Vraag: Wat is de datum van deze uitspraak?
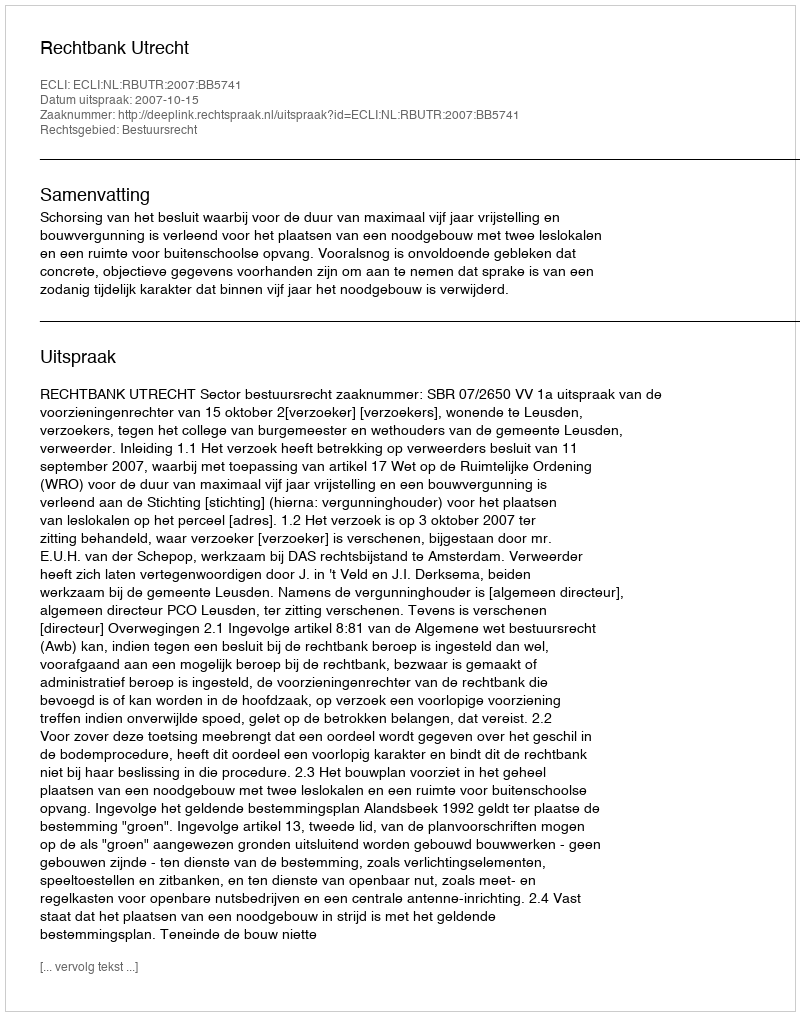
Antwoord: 2007-10-15